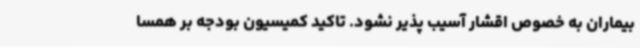
بیماران به خصوص اقشار آسیب پذیر نشود. تاکید کمیسیون بودجه بر همسا